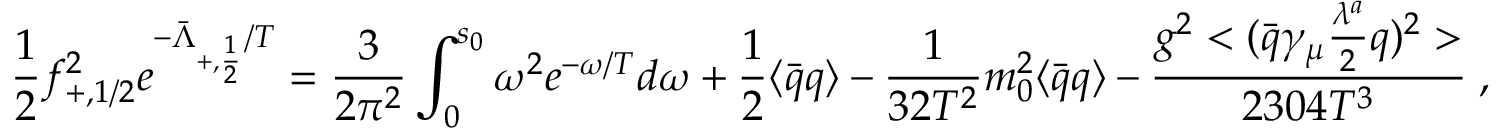
{ \frac { 1 } { 2 } } f _ { + , 1 / 2 } ^ { 2 } e ^ { - { \bar { \Lambda } _ { + , { \frac { 1 } { 2 } } } / T } } = \frac { 3 } { 2 \pi ^ { 2 } } \int _ { 0 } ^ { s _ { 0 } } \omega ^ { 2 } e ^ { - \omega / { T } } d \omega + \frac { 1 } { 2 } \langle \bar { q } q \rangle - { \frac { 1 } { 3 2 T ^ { 2 } } } m _ { 0 } ^ { 2 } \langle \bar { q } q \rangle - { \frac { g ^ { 2 } < ( { \bar { q } } \gamma _ { \mu } { \frac { \lambda ^ { a } } { 2 } } q ) ^ { 2 } > } { 2 3 0 4 T ^ { 3 } } } \; ,